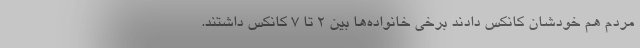
مردم هم خودشان کانکس دادند برخی خانواده‌ها بین ۲ تا ۷ کانکس داشتند.